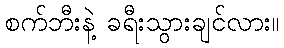
စက်ဘီးနဲ့ ခရီးသွားချင်လား။